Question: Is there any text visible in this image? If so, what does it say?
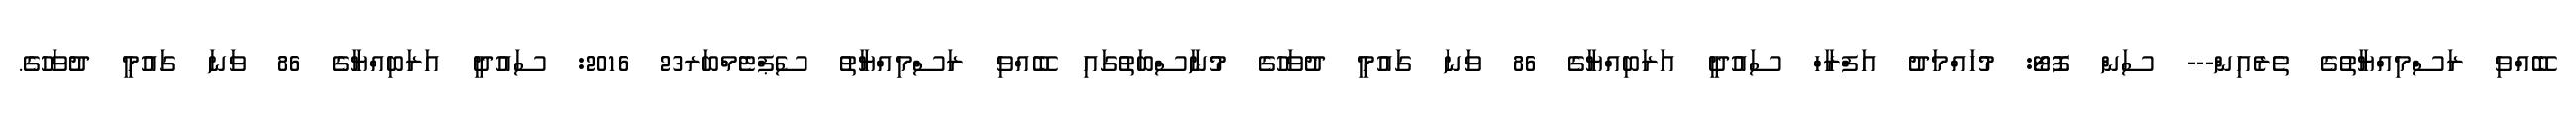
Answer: ބޭއްވި ރަސްމިއްޔާތުގެ ތެރެއިން--- ސަން ފޮޓޯ: މުހައްމަދު އަފްރާހް ސައުދީ އަރަބިއްޔާގެ 86 ވަނަ ގައުމީ ދުވަހުގެ މުނާސްބަތުގައި ބޭއްވި ރަސްމިއްޔާތު ސެޕްޓެމްބަރ23 2016: ސައުދީ އަރަބިއްޔާގެ 86 ވަނަ ގައުމީ ދުވަހުގެ.